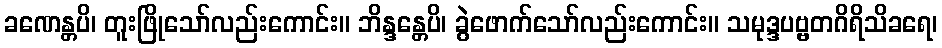
ခဏေန္တပိ၊ တူးဖြိုသော်လည်းကောင်း။ ဘိန္ဒန္တေပိ၊ ခွဲဖောက်သော်လည်းကောင်း။ သမုဒ္ဒပဗ္ဗတဂိရိသိခရေ၊